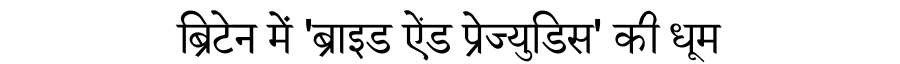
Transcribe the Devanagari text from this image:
ब्रिटेन में 'ब्राइड ऐंड प्रेज्युडिस' की धूम